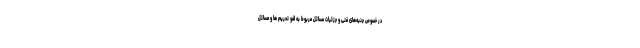
در خصوص جنبه‌های فنی و جزئیات مسائل مربوط به لغو تحریم ها و مسائل